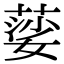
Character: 䓾